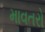
માવતરો